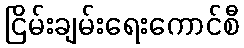
ငြိမ်းချမ်းရေးကောင်စီ